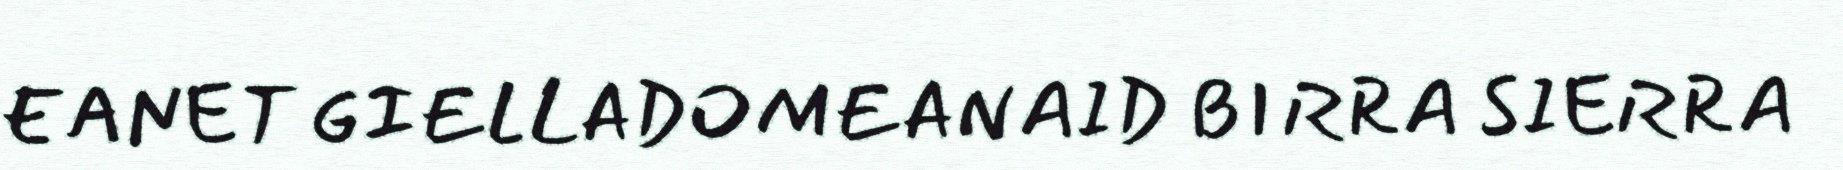
EANET GIELLADOMEANAID BIRRA SIERRA